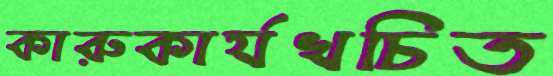
কারুকার্যখচিত